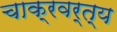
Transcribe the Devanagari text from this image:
चाक्रवर्त्य